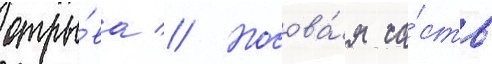
отры́ва // Носова́я ча́сть